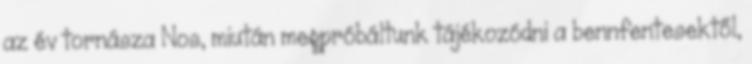
az év tornásza Nos, miután megpróbáltunk tájékozódni a bennfentesektől,